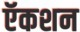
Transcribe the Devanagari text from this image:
ऍकशन